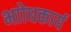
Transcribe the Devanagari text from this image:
भाोधकार्य